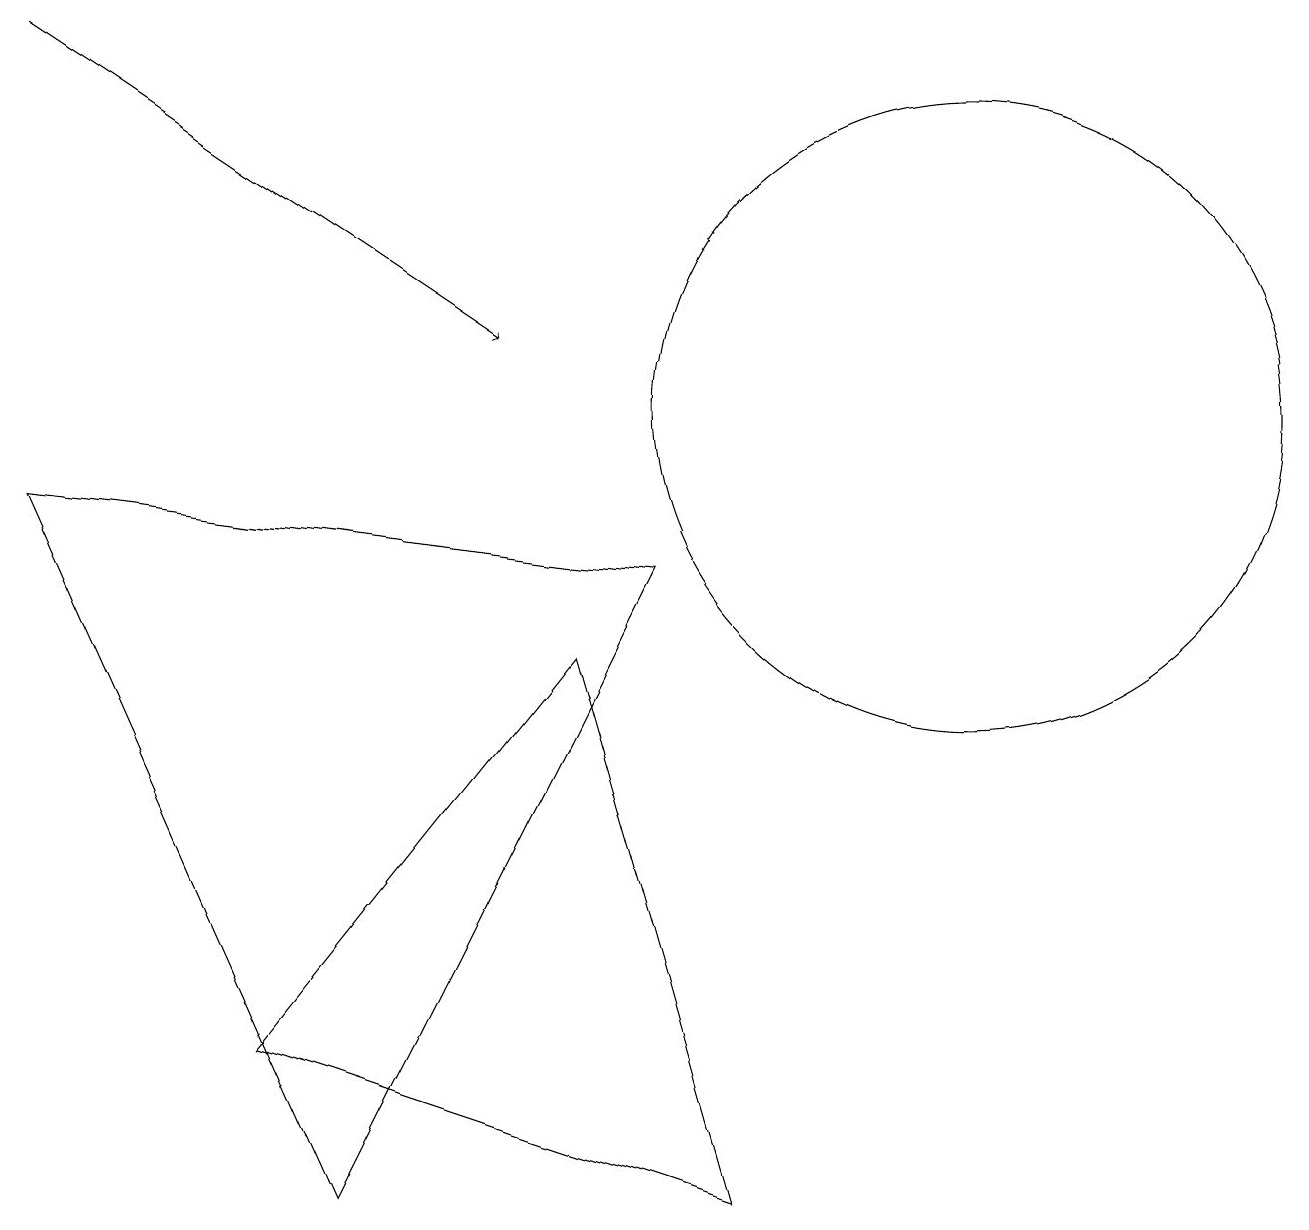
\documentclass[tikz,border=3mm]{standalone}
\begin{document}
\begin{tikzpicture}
\draw[->] (0,15) -- (6,11);
\draw (0,9) -- (4,0) -- (8,8) -- cycle;
\draw (12,10) circle (4);
\draw (7,7) -- (3,2) -- (9,0) -- cycle;
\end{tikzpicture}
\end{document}